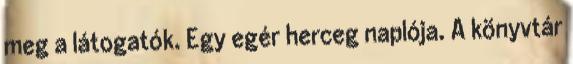
meg a látogatók. Egy egér herceg naplója. A könyvtár